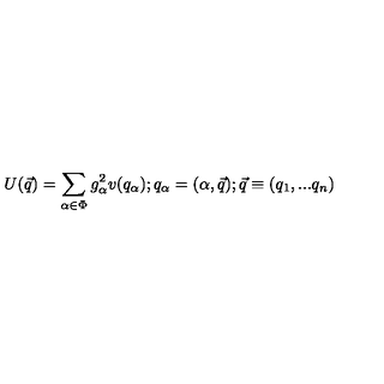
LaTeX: U ( \vec { q } ) = \sum _ { \alpha \in \Phi } g _ { \alpha } ^ { 2 } v ( q _ { \alpha } ) ; q _ { \alpha } = ( \alpha , \vec { q } ) ; \vec { q } \equiv ( q _ { 1 } , . . . q _ { n } )